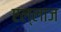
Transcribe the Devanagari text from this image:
एल्लाज